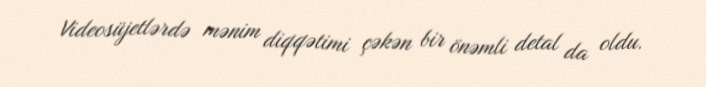
Videosüjetlərdə mənim diqqətimi çəkən bir önəmli detal da oldu.